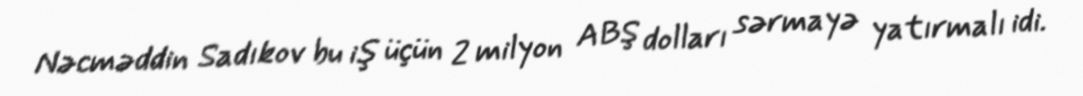
Nəcməddin Sadıkov bu iş üçün 2 milyon ABŞ dolları sərmayə yatırmalı idi.